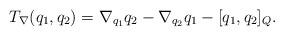
LaTeX: \begin{align*}T_\nabla(q_1,q_2)=\nabla_{q_1}q_2-\nabla_{q_2}q_1-[q_1,q_2]_Q.\end{align*}